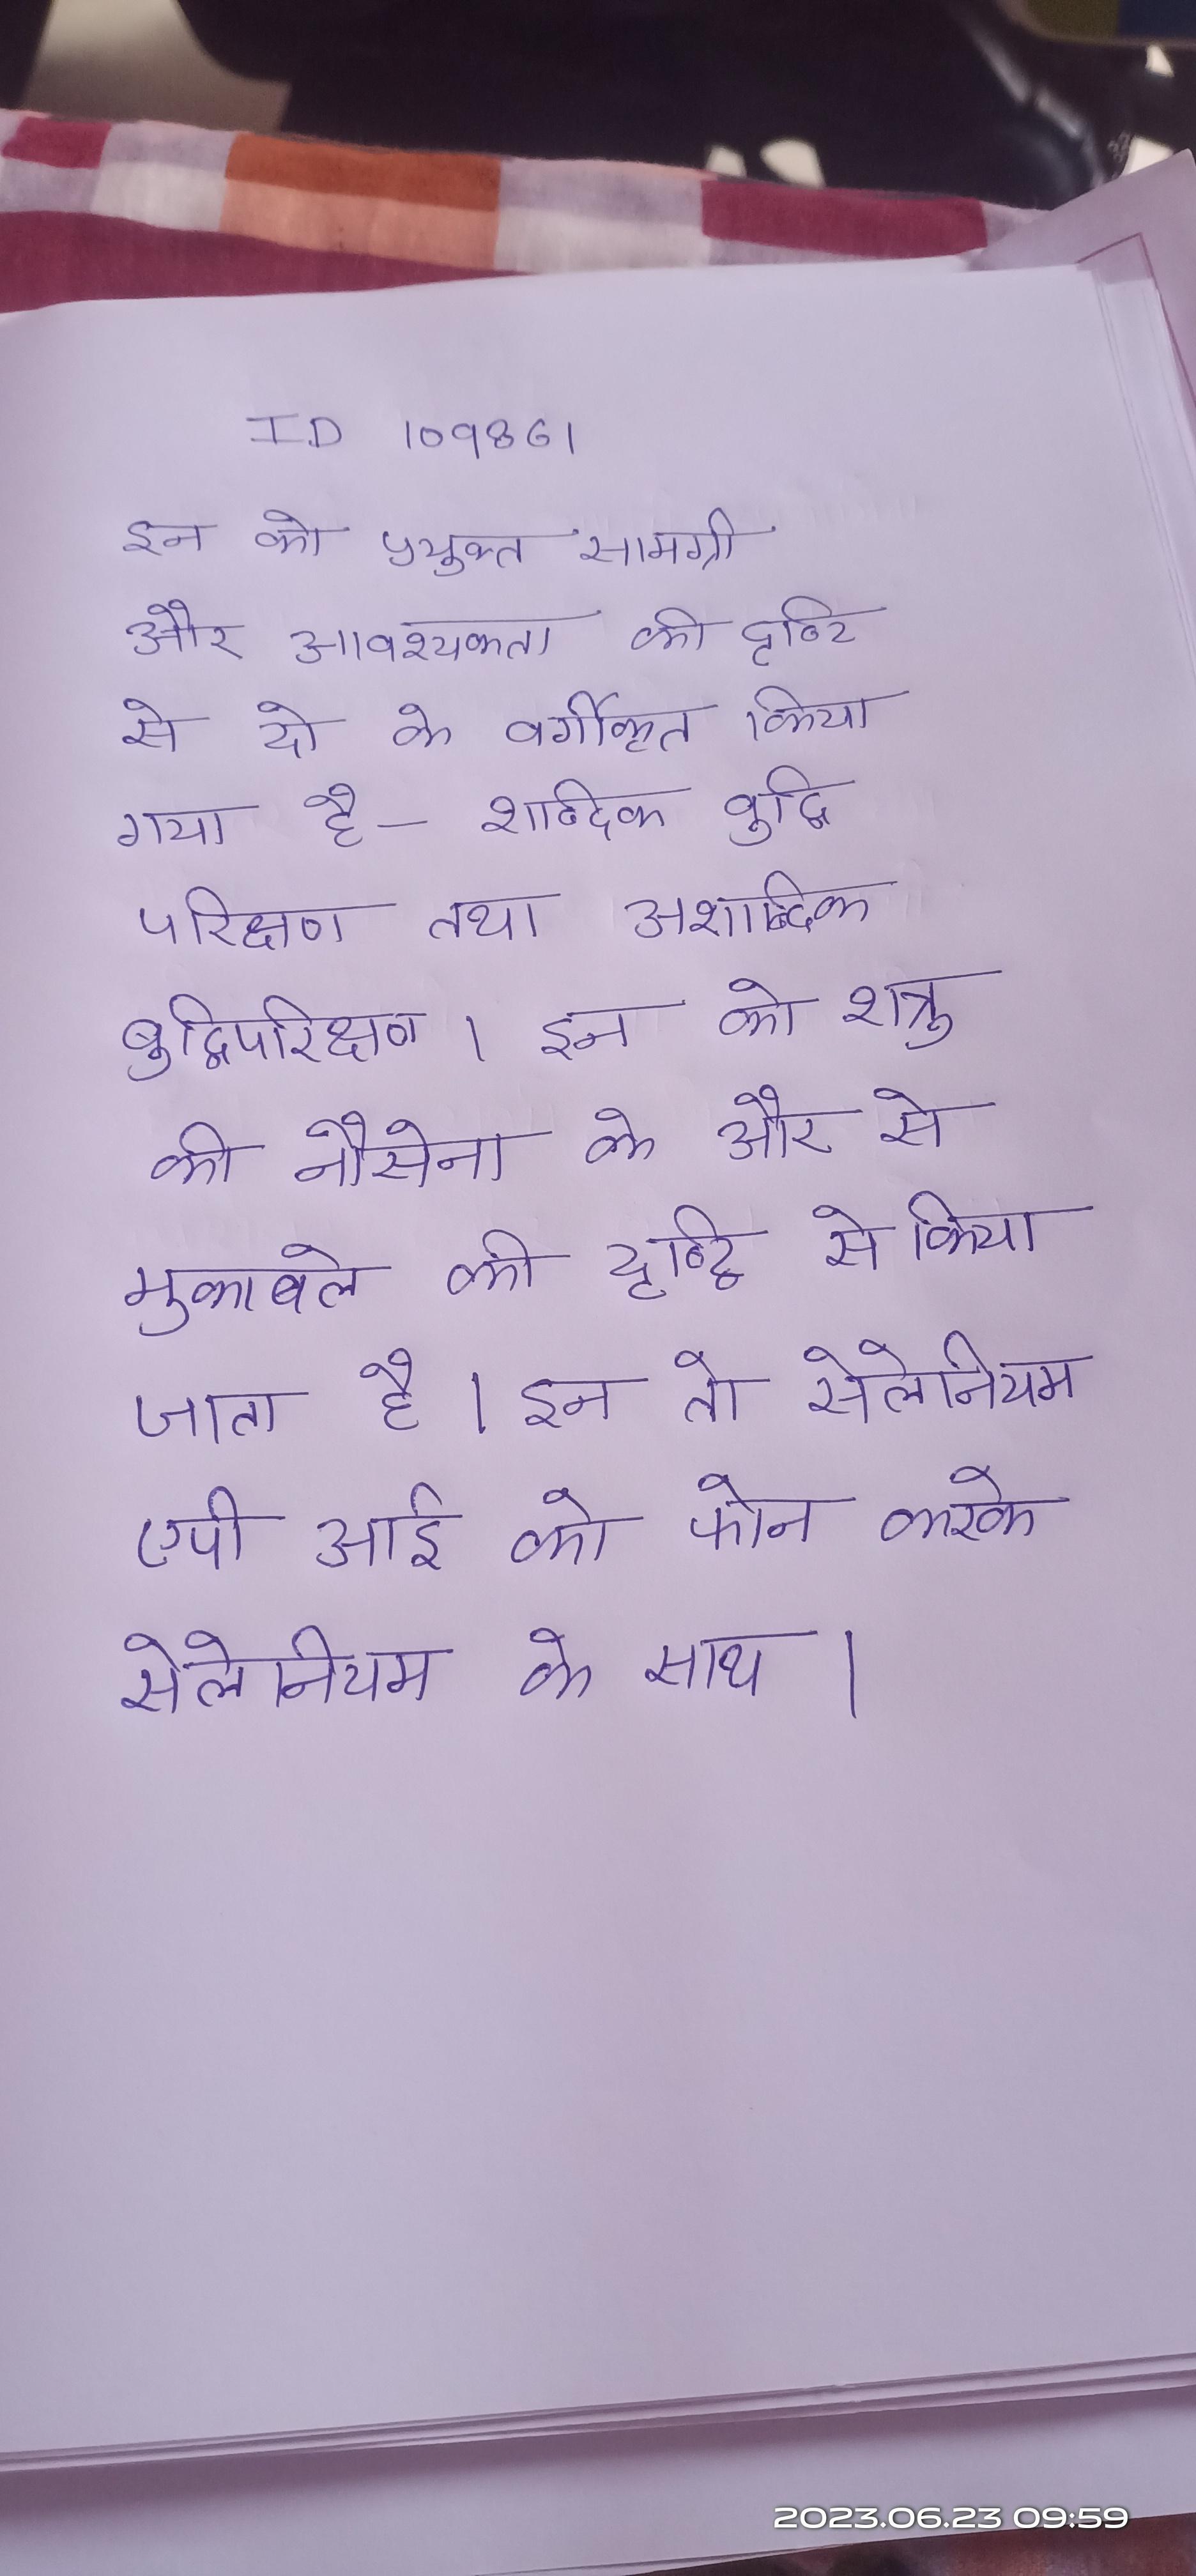
इन को प्रयुक्त सामग्री और आवश्यक की दृष्टि से दो के वर्गीकृत किया गया है--शाब्दिक बुद्धि परीक्षण तथा अशाब्दिक बुद्धिपरीक्षण । इन को शत्रु की नौसेना के और से मुकाबले की दृष्टि से किया जता है । इन तो सेलेनियम एपीआई को फोन करके सेलेनियम के साथ ।